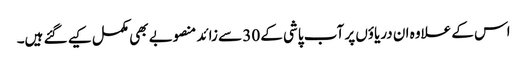
اس کے علاوہ ان دریاؤں پر آب پاشی کے 30 سے زائد منصوبے بھی مکمل کیے گئے ہیں۔